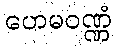
ဟေမဝဏ္ဏံ